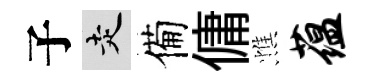
子走備傭憔蕴